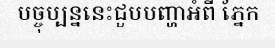
បច្ចុប្បន្ននេះជួបបញ្ហាអំពី ភ្នែក